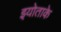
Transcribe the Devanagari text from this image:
इयोताके